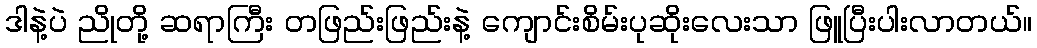
ဒါနဲ့ပဲ ညိုတို့ ဆရာကြီး တဖြည်းဖြည်းနဲ့ ကျောင်းစိမ်းပုဆိုးလေးသာ ဖြူပြီးပါးလာတယ်။